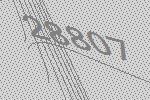
28807